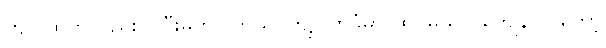
ကျုပ်ထက်လည်း ပိုပြီးမိုက်ပါတယ်၊ ကျုပ်ဟိုခုံမှာ ထိုင်မယ် ၊ ကျေနပ်ပါတော့